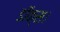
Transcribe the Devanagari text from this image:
डॉक्स।